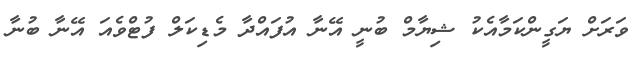
ވަރަށް ޔަގީންކަމާއެކު ޝިޔާމް ބުނީ އޭނާ އުފައްދާ މެޑިކަލް ފުޓްވެއަ އޭނާ ބުނާ